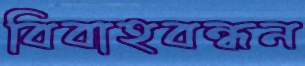
বিবাহবন্ধন